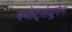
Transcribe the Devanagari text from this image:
स्पोर्ट्सवूमेन